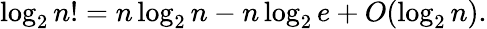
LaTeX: \log_{2}n!=n\log_{2}n-n\log_{2}e+O(\log_{2}n).